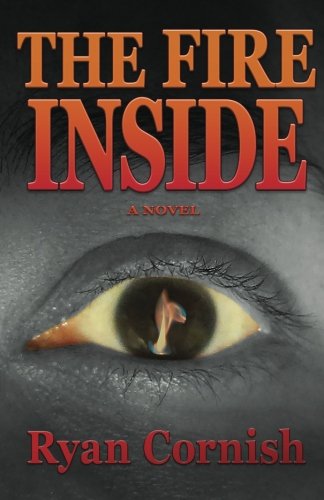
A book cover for The Fire Inside: A Novel; Ryan Cornish; Science Fiction & Fantasy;